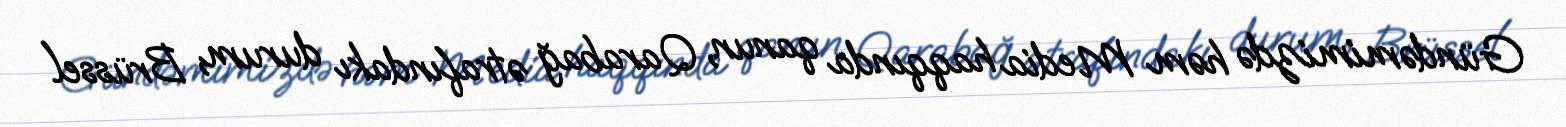
Gündəmimizdə həm Media haqqında qanun, Qarabağ ətrafındakı durum, Brüssel